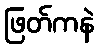
ဖြတ်ကနဲ